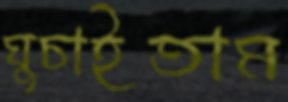
ঘুচাইতাম